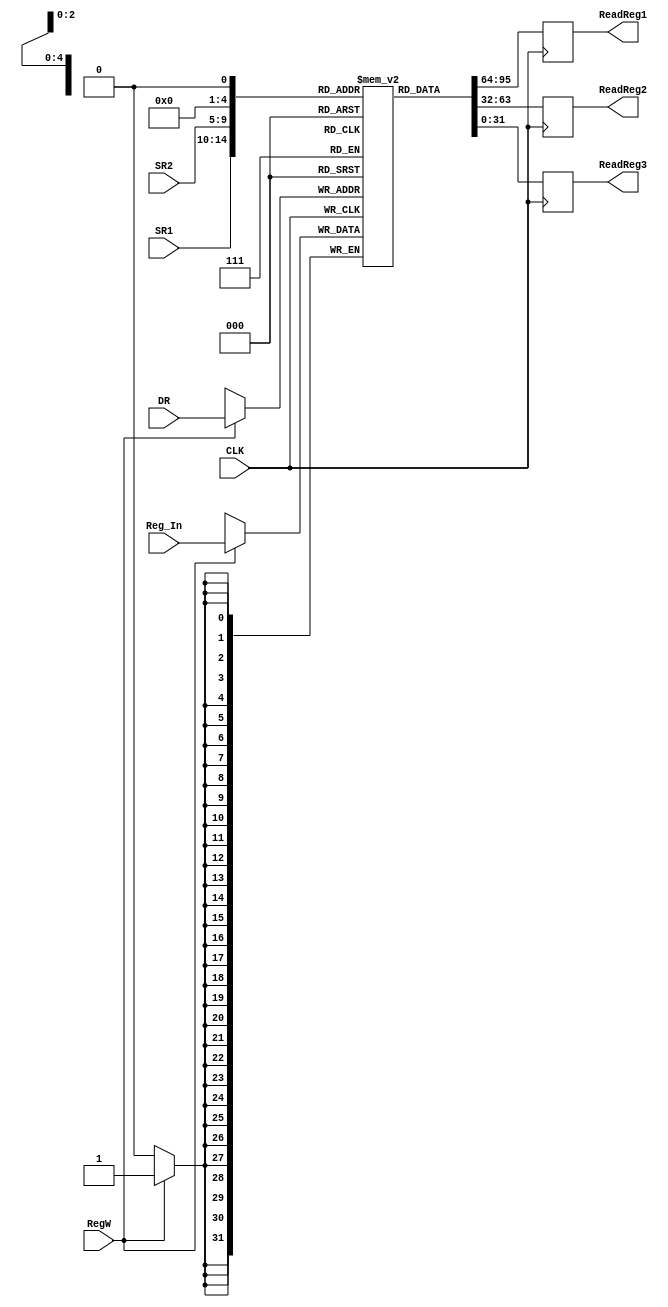
module REG(CLK, RegW, DR, SR1, SR2, Reg_In, ReadReg1, ReadReg2, ReadReg3); //added output
    input CLK;
    input RegW;
    input [4:0] DR;
    input [4:0] SR1;
    input [4:0] SR2;
    input [31:0] Reg_In;
    output reg [31:0] ReadReg1;
    output reg [31:0] ReadReg2;
    output reg [31:0] ReadReg3;
    reg [31:0] REG [0:31];
    
    /*
	initial begin
        ReadReg1 = 0;
        ReadReg2 = 0;
    end
	*/
    
    always @(posedge CLK)
    begin
        if(RegW == 1'b1)
            REG[DR] <= Reg_In[31:0];
        
        ReadReg1 <= REG[SR1];
        ReadReg2 <= REG[SR2];
        ReadReg3 <= REG[SR3];
    end
endmodule